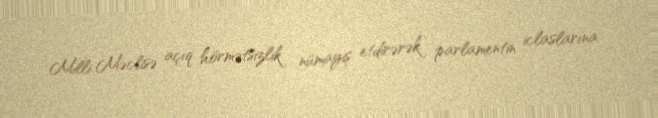
Milli Məclisə açıq hörmətsizlik nümayiş etdirərək parlamentin iclaslarına